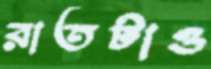
রাতটাও